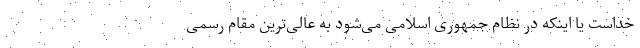
خداست یا اینکه در نظام جمهوری اسلامی می‌شود به عالی‌ترین مقام رسمی